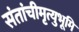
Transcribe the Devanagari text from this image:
संतांचीमृत्युभूमि